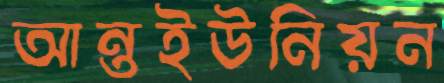
আন্তইউনিয়ন